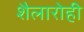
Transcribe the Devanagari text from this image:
शैलारोही